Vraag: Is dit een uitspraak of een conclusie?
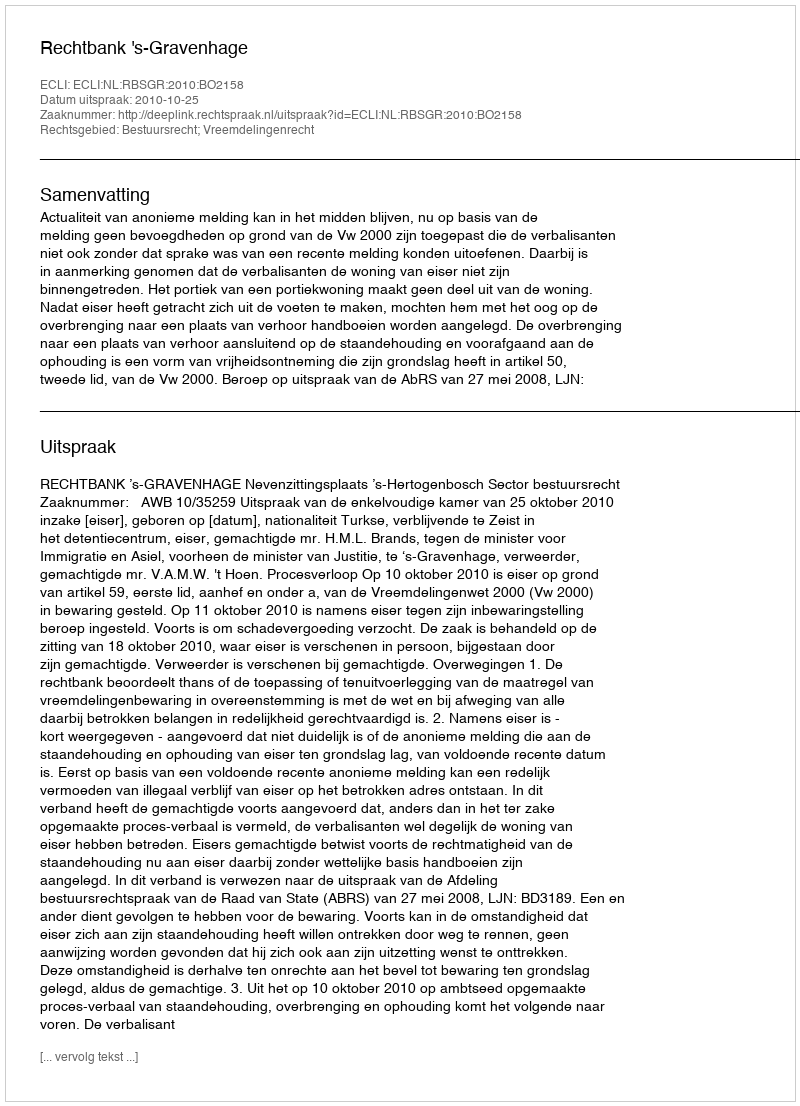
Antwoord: Uitspraak